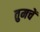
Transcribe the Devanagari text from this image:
तुमचें